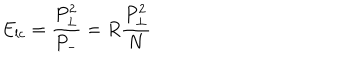
E _ { l c } = { \frac { P _ { \perp } ^ { 2 } } { P _ { - } } } = R { \frac { P _ { \perp } ^ { 2 } } { N } }